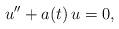
LaTeX: \begin{align*} u''+a(t)\,u=0,\end{align*}